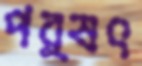
পর্ষৎ